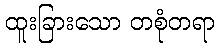
ထူးခြားသော တစုံတရာ